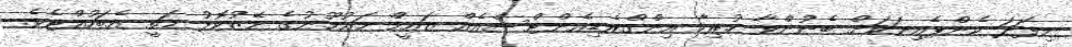
މިފަދަ ކެންޕެއިނަކަށް ބެނުންވާ ހުރިހާ އިންގްރެޑިއެންޓްސްއެއް ޒައީމް މައުމޫނުގެ މޭޒުކޮޅު މަތީ އެބަހުއްޓެވެ.